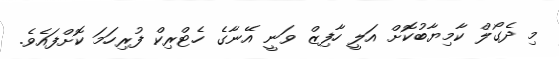
މި ދެގޯލް ކާމިޔާބުކޮށް އަލީ ހާފިޒް ވަނީ އޭނާގެ ހެޓްރިކް ފުރިހަމަ ކޮށްފައެވެ.